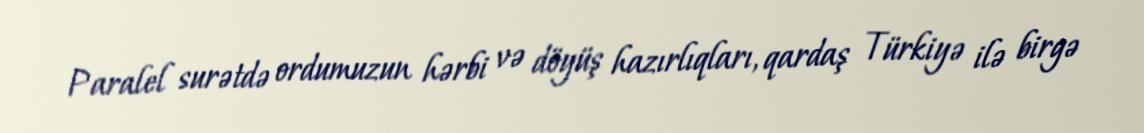
Paralel surətdə ordumuzun hərbi və döyüş hazırlıqları, qardaş Türkiyə ilə birgə